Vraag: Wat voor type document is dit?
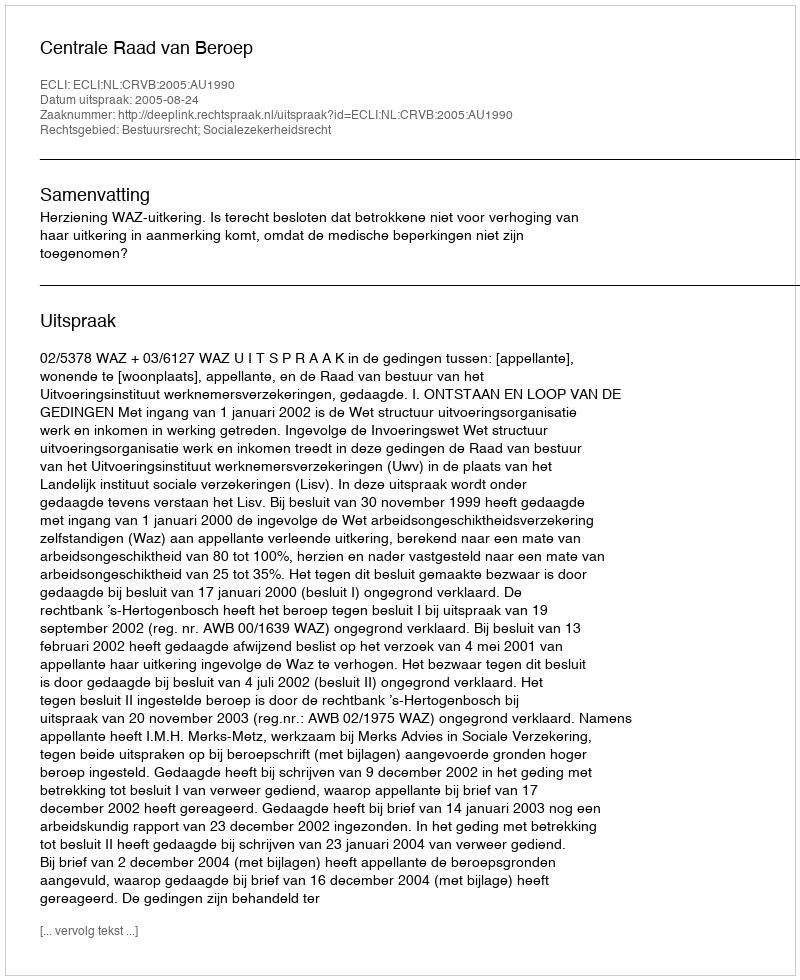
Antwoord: Uitspraak